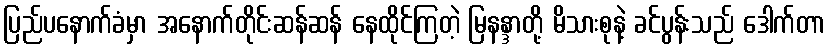
ပြည်ပနောက်ခံမှာ အနောက်တိုင်းဆန်ဆန် နေထိုင်ကြတဲ့ မြနန္ဒာတို့ မိသားစုနဲ့ ခင်ပွန်းသည် ဒေါက်တာ